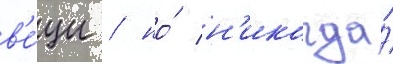
в'е́щи / но́ н'икогда́